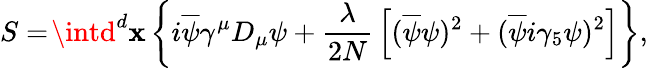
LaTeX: S=\! \intd^{d}\mathbf{x}\left\{ i\overline{{{{\psi}}}}\gamma^{\mu}D_{\mu}\psi+{\frac{{\lambda}}{{2N}}}\left[(\overline{{{{\psi}}}}\psi)^{2}+(\overline{{{{\psi}}}}i\gamma_{5}\psi)^{2}\right]\right\} ,